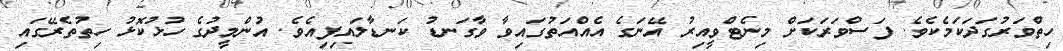
ހިތްވަރުގަދަކަމެކެވެ. ފަސްވަރަކަށް މިނެޓްވީއިރު އޭނަގެ އެއްއަތުގައިވާ ވާގަނޑު ކަނޑާލައިފިއެވެ. އުންމީދުގެ ހުޅުކޮޅު ހިތުތެރޭގައި